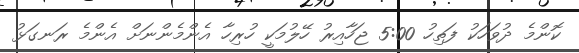
ކޮންމެ ދުވަހަކު ފަތިހު 5:00 ޖަހާއިރު ހޭލުމަކީ ހުރިހާ އެންމެންނަށް އެންމެ ރަނގަޅު